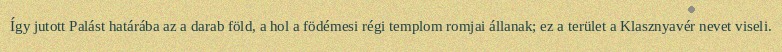
Így jutott Palást határába az a darab föld, a hol a födémesi régi templom romjai állanak; ez a terület a Klasznyavér nevet viseli.